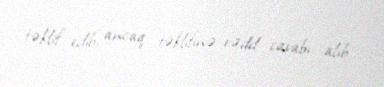
təklif edib, ancaq təklifinə rədd cavabı alıb.